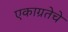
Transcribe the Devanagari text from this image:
एकाग्रतेचे